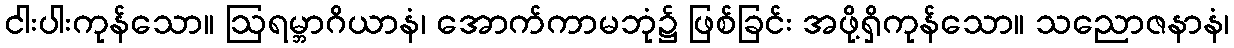
ငါးပါးကုန်သော။ ဩရမ္ဘာဂိယာနံ၊ အောက်ကာမဘုံ၌ ဖြစ်ခြင်း အဖို့ရှိကုန်သော။ သညောဇနာနံ၊